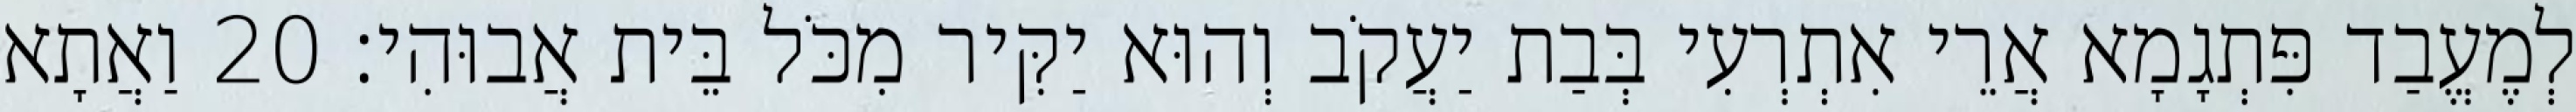
לְמֶעֱבַד פִּתְגָמָא אֲרֵי אִתְרְעִי בְּבַת יַעֲקֹב וְהוּא יַקִּיר מִכֹּל בֵּית אֲבוּהִי׃ 20 וַאֲתָא